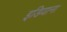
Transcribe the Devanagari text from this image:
इडियाना